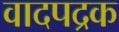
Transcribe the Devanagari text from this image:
वादपद्रक